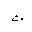
Letter: _tha